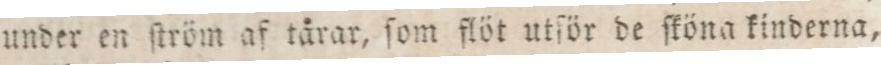
under en ſtröm af tårar, ſom flöt utſör de ſköna kinderna,